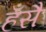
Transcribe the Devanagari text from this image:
हँसै